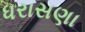
ધરાસણા